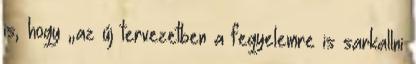
is, hogy „az új tervezetben a fegyelemre is sarkallni